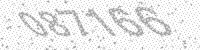
Solution: 087166